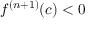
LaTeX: f ^ { ( n + 1 ) } ( c ) < 0